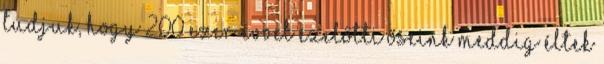
tudjuk, hogy 200 ezer évvel ezelőtti őseink meddig éltek